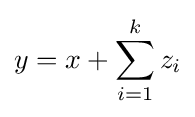
y=x+\sum _{i=1}^{k}z_{i}